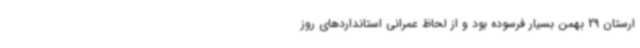
ارستان 29 بهمن بسیار فرسوده بود و از لحاظ عمرانی استانداردهای روز